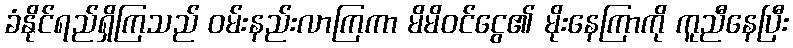
ခံနိုင်ရည်ရှိကြသည် ဝမ်းနည်းလာကြကာ မိမိဝင်ငွေ၏ မိုးနေကြာကို ကူညီနေပြီး